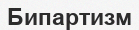
Бипартизм